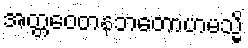
အတ္တဝေတနဘတောဟမသ္မိ